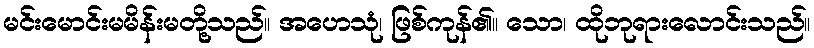
မင်းမောင်းမမိန်းမတို့သည်။ အဟေသုံ၊ ဖြစ်ကုန်၏။ သော၊ ထိုဘုရားလောင်းသည်။